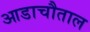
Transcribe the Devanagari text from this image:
आडाचौताल